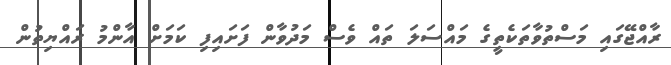
ރާއްޖޭގައި މަސްތުވާތަކެތީގެ މައްސަލަ ތައް ވެސް މަދުވާން ފަށައިފި ކަމަށް އާންމު ރައްޔިތުން